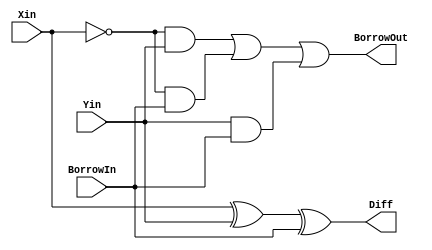
module full_sub_1bit_struct
  (
   input                     Xin,
   input                     Yin,
   input                     BorrowIn,
   output                    Diff,
   output                    BorrowOut 
  );
  assign Diff      = Xin ^ Yin ^ BorrowIn;
  assign BorrowOut = (~Xin & Yin) | (~Xin & BorrowIn) | (Yin & BorrowIn);
endmodule